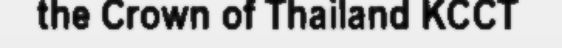
the Crown of Thailand KCCT